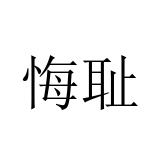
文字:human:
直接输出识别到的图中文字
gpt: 悔耻